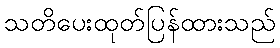
သတိပေးထုတ်ပြန်ထားသည်